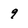
Character: 9